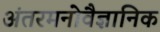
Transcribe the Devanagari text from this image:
अंतरमनोवैज्ञानिक